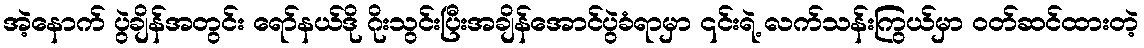
အဲ့နောက် ပွဲချိန်အတွင်း ရော်နယ်ဒို ဂိုးသွင်းပြီးအချိန်အောင်ပွဲခံရာမှာ ၎င်းရဲ့ လက်သန်းကြွယ်မှာ ဝတ်ဆင်ထားတဲ့